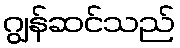
ဂျွန်ဆင်သည်